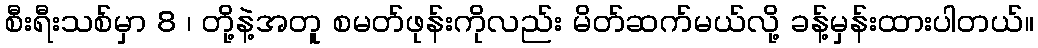
စီးရီးသစ်မှာ 8 ၊ တို့နဲ့အတူ စမတ်ဖုန်းကိုလည်း မိတ်ဆက်မယ်လို့ ခန့်မှန်းထားပါတယ်။